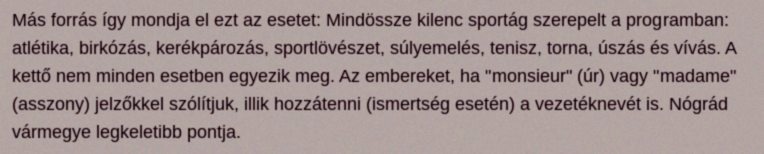
Más forrás így mondja el ezt az esetet: Mindössze kilenc sportág szerepelt a programban: atlétika, birkózás, kerékpározás, sportlövészet, súlyemelés, tenisz, torna, úszás és vívás. A kettő nem minden esetben egyezik meg. Az embereket, ha "monsieur" (úr) vagy "madame" (asszony) jelzőkkel szólítjuk, illik hozzátenni (ismertség esetén) a vezetéknevét is. Nógrád vármegye legkeletibb pontja.